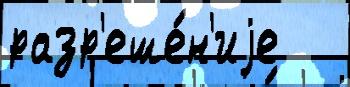
разр'еше́н'иjе